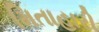
મિતાહારી